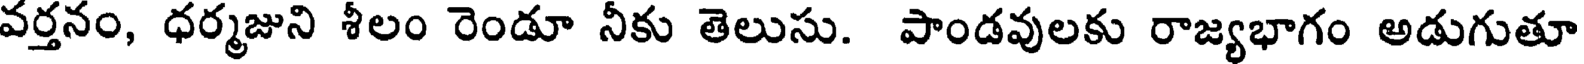
వర్తనం, ధర్మజుని శీలం రెండూ నీకు తెలుసు. పాండవులకు రాజ్యభాగం అడుగుతూ